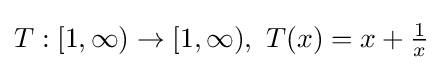
T:[1,\infty )\to [1,\infty ),\,\,T(x)=x+{\tfrac {1}{x}}